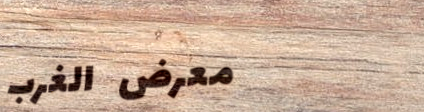
معرض الغرب